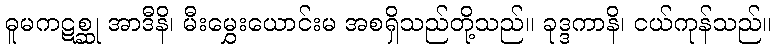
ဓူမကဋစ္ဆု အာဒီနိ၊ မီးမွှေးယောင်းမ အစရှိသည်တို့သည်။ ခုဒ္ဒကာနိ၊ ငယ်ကုန်သည်။